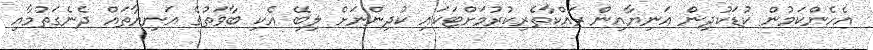
އެހެންކަމުން ކުޑަކުދިން އަނިޔާއިން ރައްކާތެރިކުރުމަށްޓަކައި ކުދިންނަށް ލިބޭ އެކި ބާވަތުގެ އަނިޔާތައް ދެނެގަތުމާއި